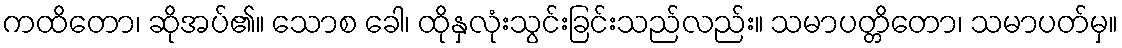
ကထိတော၊ ဆိုအပ်၏။ သောစ ခေါ၊ ထိုနှလုံးသွင်းခြင်းသည်လည်း။ သမာပတ္တိတော၊ သမာပတ်မှ။